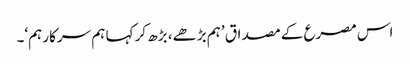
اس مصرع کے مصداق ’ہم بڑھے، بڑھ کر کہا ہم سرکار ہم‘۔